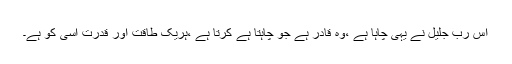
اس رب جلیل نے یہی چاہا ہے ،وہ قادر ہے جو چاہتا ہے کرتا ہے ،ہریک طاقت اور قدرت اسی کو ہے۔